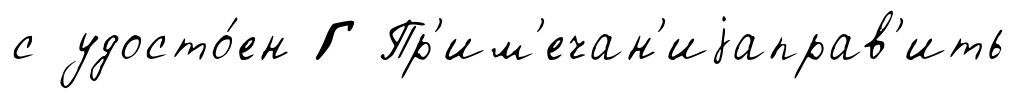
с удосто́ен Г Пр'им'ечан'иjаправ'ить